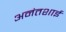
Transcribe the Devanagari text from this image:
अनंतशाई